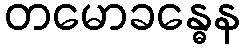
တမောခန္ဓေန